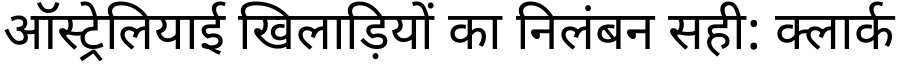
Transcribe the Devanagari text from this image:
ऑस्ट्रेलियाई खिलाड़ियों का निलंबन सही: क्लार्क